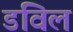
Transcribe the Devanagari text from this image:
डविल